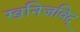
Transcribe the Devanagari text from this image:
खनिजविद्